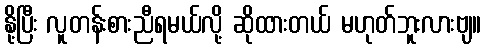
နို့ပြီး လူတန်းစားညီရမယ်လို့ ဆိုထားတယ် မဟုတ်ဘူးလားဗျ။